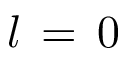
l \, = \, 0